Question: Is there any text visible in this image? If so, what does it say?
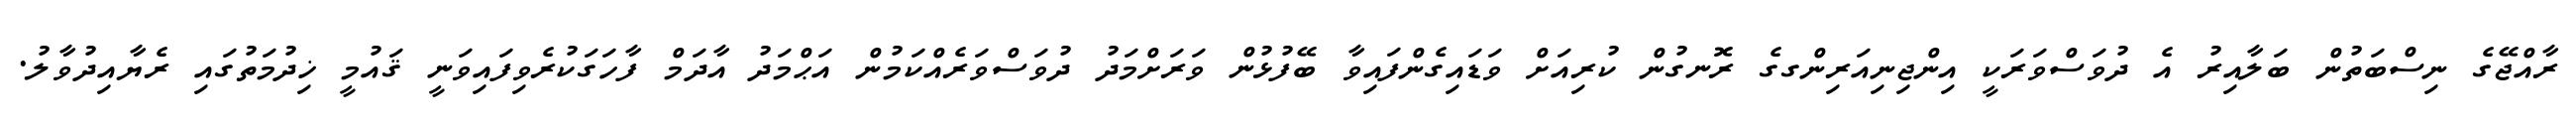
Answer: ރާއްޖޭގެ ނިސްބަތުން ބަލާއިރު އެ ދުވަސްވަރަކީ އިންޖިނިއަރިންގގެ ރޮނގުން ކުރިއަށް ވަޑައިގެންފައިވާ ބޭފުޅުން ވަރަށްމަދު ދުވަސްވަރެއްކަމުން އަޙްމަދު އާދަމް ފާހަގަކުރެވިފައިވަނީ ޤައުމީ ޚިދުމަތުގައި ރެޔާއިދުވާލު.